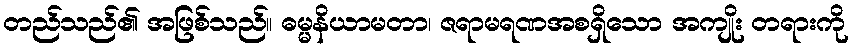
တည်သည်၏ အဖြစ်သည်။ ဓမ္မနိယာမတာ၊ ဇရာမရဏအစရှိသော အကျိုး တရားကို